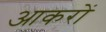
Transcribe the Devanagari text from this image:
आकरों